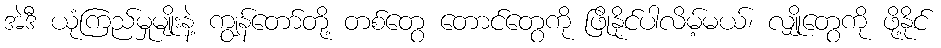
အဲဒီ ယုံကြည်မှုမျိုးနဲ့ ကျွန်တော်တို့ တစ်တွေ တောင်တွေကို ဖြိုနိုင်ပါလိမ့်မယ်၊ လျှိုတွေကို ဖို့နိုင်